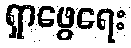
ရှာဖွေရေး